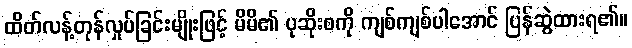
ထိတ်လန့်တုန်လှုပ်ခြင်းမျိုးဖြင့် မိမိ၏ ပုဆိုးစကို ကျစ်ကျစ်ပါအောင် ပြန်ဆွဲထားရ၏။